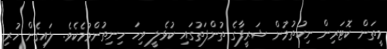
މީތަން ކޮޓަރިން ނިކުތުމުން ޝަރީފާގެ ތުންފަތުގައި ކުޅެލީ ވިހަ ހިނިތުންވުމެކެވެ. ލައިގެން ހުރި